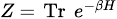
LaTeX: \scriptstyle Z\ =\ \operatorname{Tr}\ e^{-\beta H}